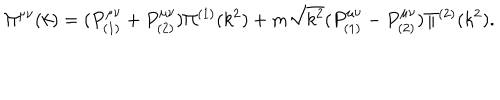
\Pi ^ { \mu \nu } ( k ) = ( P _ { ( 1 ) } ^ { \mu \nu } + P _ { ( 2 ) } ^ { \mu \nu } ) \Pi ^ { ( 1 ) } ( k ^ { 2 } ) + m \sqrt { k ^ { 2 } } ( P _ { ( 1 ) } ^ { \mu \nu } - P _ { ( 2 ) } ^ { \mu \nu } ) \Pi ^ { ( 2 ) } ( k ^ { 2 } ) .